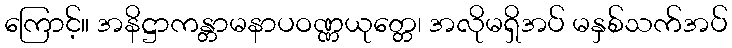
ကြောင့်။ အနိဋ္ဌာကန္တာမနာပဝဏ္ဏယုတ္တေ၊ အလိုမရှိအပ် မနှစ်သက်အပ်